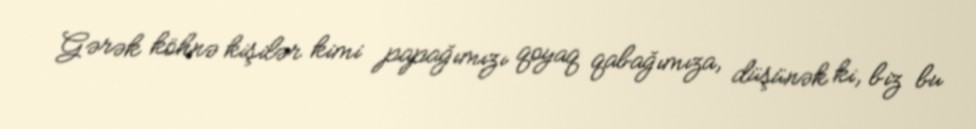
Gərək köhnə kişilər kimi papağımızı qoyaq qabağımıza, düşünək ki, biz bu